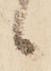
候